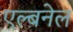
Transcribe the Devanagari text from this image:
एल्बनेल